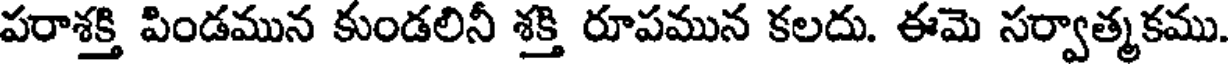
పరాశక్తి పిండమున కుండలినీ శక్తి రూపమున కలదు. ఈమె సర్వాత్మకము.